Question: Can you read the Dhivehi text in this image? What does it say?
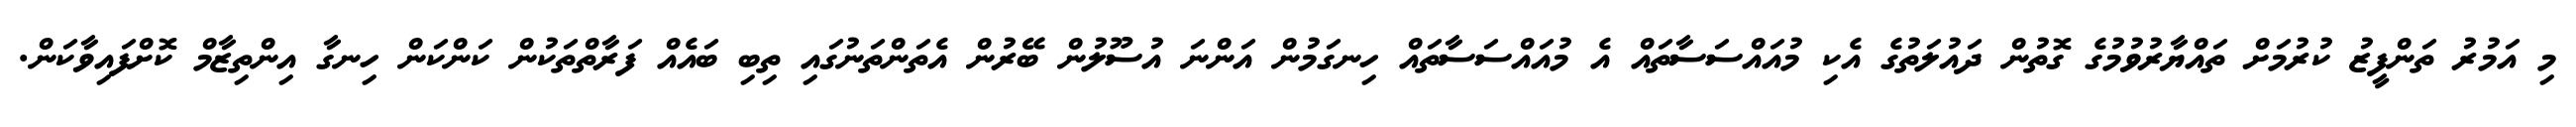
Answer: މި އަމުރު ތަންފީޒު ކުރުމަށް ތައްޔާރުވުމުގެ ގޮތުން ދައުލަތުގެ އެކި މުއައްސަސާތައް އެ މުއައްސަސާތައް ހިނގަމުން އަންނަ އުސޫލުން ބޭރުން އެތަންތަނުގައި ތިބި ބައެއް ފަރާތްތަކުން ކަންކަން ހިނގާ އިންތިޒާމް ކޮށްފައިވާކަން.